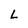
Character: L